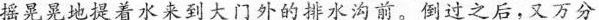
摇晃晃地提着水来到大门外的排水沟前。倒过之后，又万分